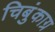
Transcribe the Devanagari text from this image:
चिबुंकाग्र